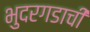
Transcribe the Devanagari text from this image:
भुदरगडाची